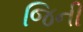
જિની